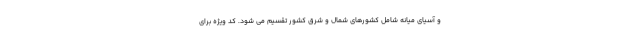
و آسیای میانه شامل کشورهای شمال و شرق کشور تقسیم می شود. کد ویژه برای